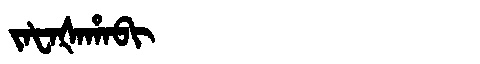
Manchu: ᠵᠠᡶᠠᡧᠠᡥᠠᠪᡳ
Romanization: JAFAŠAHABI